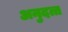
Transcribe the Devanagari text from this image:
अनुदत्त